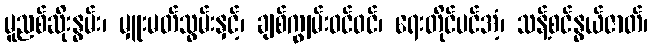
မူညစ်ဆိုးနွမ်း၊ မှူးမတ်သွမ်းနှင့်၊ ချစ်ကျွမ်းဝင်ဝင်၊ ရေးတိုင်ပင်အံ့၊ သန့်စင်နွယ်ဇာတ်၊